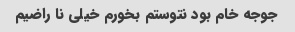
جوجه خام بود نتوستم بخورم خیلی نا راضیم